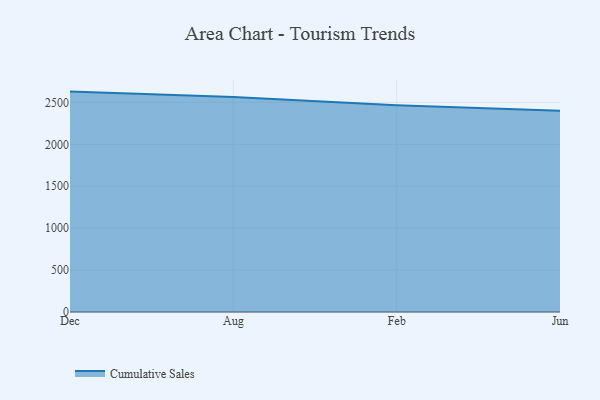
{"axis": {"x": "Month", "y": "Conversion Rate (%)"}, "legend": ["Cumulative Sales"], "data": [{"x": "Dec", "y": 2628.9, "type": "Cumulative Sales"}, {"x": "Aug", "y": 2563.3, "type": "Cumulative Sales"}, {"x": "Feb", "y": 2467.4, "type": "Cumulative Sales"}, {"x": "Jun", "y": 2399.5, "type": "Cumulative Sales"}]}